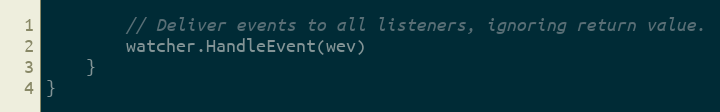
Language: Go
		// Deliver events to all listeners, ignoring return value.
		watcher.HandleEvent(wev)
	}
}